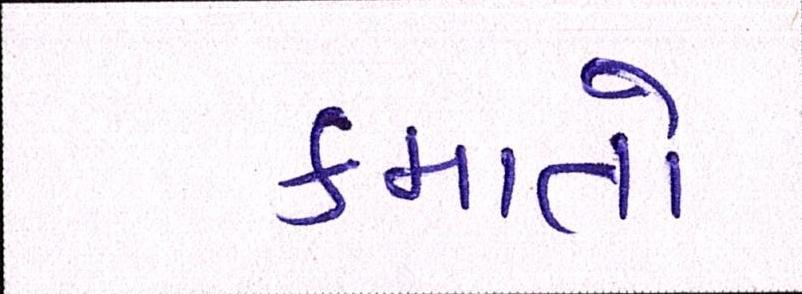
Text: કમાતો